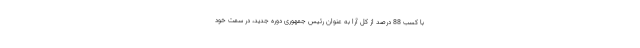
با کسب 88 درصد از کل آرا به عنوان رئیس جمهوری دوره جدید، در سمت خود